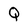
Character: Q